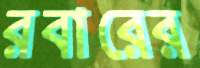
রবারের